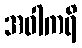
အဝါကရိ